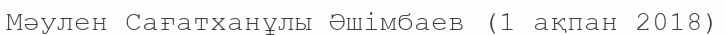
Мәулен Сағатханұлы Әшімбаев (1 ақпан 2018)